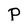
Character: P